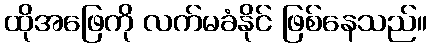
ထိုအဖြေကို လက်မခံနိုင် ဖြစ်နေသည်။